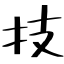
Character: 技